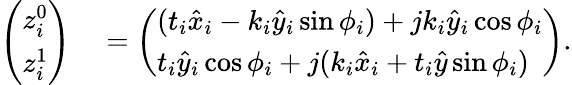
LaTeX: \begin{array}{rl}{\left(\begin{array}{l}{z_{i}^{0}}\\ {z_{i}^{1}}\end{array}\right)}&{{}=\left(\begin{array}{l}{(t_{i}\hat{x}_{i}-k_{i}\hat{y}_{i}\sin\phi_{i})+jk_{i}\hat{y}_{i}\cos\phi_{i}}\\ {t_{i}\hat{y}_{i}\cos\phi_{i}+j(k_{i}\hat{x}_{i}+t_{i}\hat{y}\sin\phi_{i})}\end{array}\right)}\end{array}.